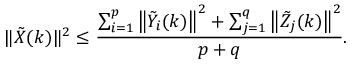
\| \tilde { X } ( k ) \| ^ { 2 } \leq \frac { \sum _ { i = 1 } ^ { p } \left\| \tilde { Y } _ { i } ( k ) \right\| ^ { 2 } + \sum _ { j = 1 } ^ { q } \left\| \tilde { Z } _ { j } ( k ) \right\| ^ { 2 } } { p + q } .